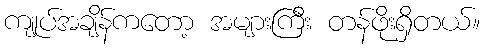
ကျုပ်အချိန်ကတော့ အများကြီး တန်ဖိုးရှိတယ်။